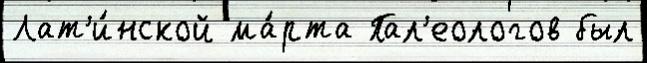
Лат'и́нской ма́рта Пал'еологов был